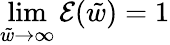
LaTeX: \operatorname*{lim}_{\tilde{w}\to\infty}\mathcal{E}(\tilde{w})=1